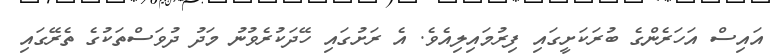
އައިސް އަހަރެންގެ ބުރަކަށީގައި ފިރުމައިލިއެވެ. އެ ރަށުގައި ހޭދަކުރެވުނު މަދު ދުވަސްތަކުގެ ތެރޭގައި